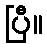
ပြီ။